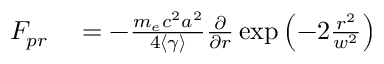
\begin{array} { r l } { F _ { p r } } & { { } = - \frac { m _ { e } c ^ { 2 } a ^ { 2 } } { 4 \left< \gamma \right> } \frac { \partial } { \partial r } \exp \left( - 2 \frac { r ^ { 2 } } { w ^ { 2 } } \right) } \end{array}